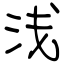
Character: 浅